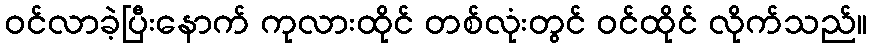
ဝင်လာခဲ့ပြီးနောက် ကုလားထိုင် တစ်လုံးတွင် ဝင်ထိုင် လိုက်သည်။